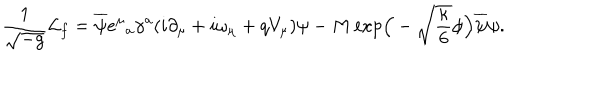
\frac { 1 } { \sqrt { - g } } { \cal L } _ { f } = \overline { { { \psi } } } e ^ { \mu } { } _ { a } \gamma ^ { a } ( i \partial _ { \mu } + i \omega _ { \mu } + q V _ { \mu } ) \psi - M \exp \! \Big ( - \sqrt { \frac { \kappa } { 6 } } \phi \Big ) \overline { { { \psi } } } \psi .